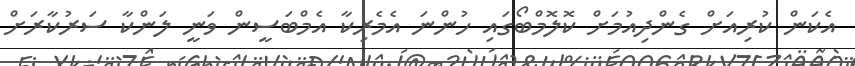
އެކަން ކުރިއަށް ގެންދިއުމަށް ކޮލޮމްބޯގައި ހުންނަ އެމެރިކާ އެމްބަސީން ވަނީ ލަންކާ ސަރުކާރަށް